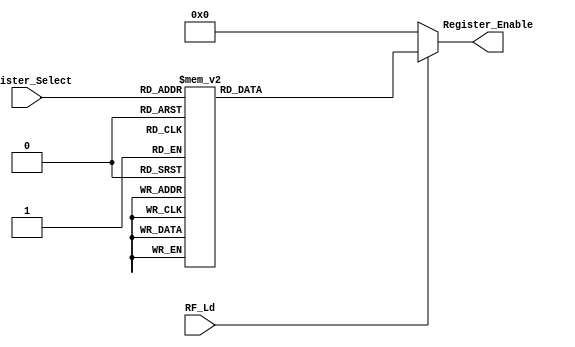
module Binary_Decoder (
						output reg [31:0] Register_Enable,
						input [4:0] Register_Select,
						input RF_Ld 
						);
	initial
		begin
		Register_Enable = 32'h00000000;
		end
		
	always @*
		begin
		if (RF_Ld)
			begin
			//$display("%t Binary_Decoder -- Register_Select: %d", $time, Register_Select);
			case (Register_Select)
				5'b00000:	// R0
					begin
					Register_Enable = 32'h00000001;
					end
				5'b00001:	// R1
					begin
					Register_Enable = 32'h00000002;
					end
				5'b00010:	// R2
					begin
					Register_Enable = 32'h00000004;
					end
				5'b00011:	// R3
					begin
					Register_Enable = 32'h00000008;
					end
				5'b00100:	// R4
					begin
					Register_Enable = 32'h00000010;
					end
				5'b00101:	// R5
					begin
					Register_Enable = 32'h00000020;
					end
				5'b00110:	// R6
					begin
					Register_Enable = 32'h00000040;
					end
				5'b00111:	// R7
					begin
					Register_Enable = 32'h00000080;
					end
				5'b01000:	// R8
					begin
					Register_Enable = 32'h00000100;
					end
				5'b01001:	// R9
					begin
					Register_Enable = 32'h00000200;
					end
				5'b01010:	// R10
					begin
					Register_Enable = 32'h00000400;
					end
				5'b01011:	// R11
					begin
					Register_Enable = 32'h00000800;
					end
				5'b01100:	// R12
					begin
					Register_Enable = 32'h00001000;
					end
				5'b01101:	// R13
					begin
					Register_Enable = 32'h00002000;
					end
				5'b01110:	// R14
					begin
					Register_Enable = 32'h00004000;
					end
				5'b01111:	// R15
					begin
					Register_Enable = 32'h00008000;
					end
				5'b10000:	// R16
					begin
					Register_Enable = 32'h00010000;
					end
				5'b10001:	// R17
					begin
					Register_Enable = 32'h00020000;
					end
				5'b10010:	// R18
					begin
					Register_Enable = 32'h00040000;
					end
				5'b10011:	// R19
					begin
					Register_Enable = 32'h00080000;
					end
				5'b10100:	// R20
					begin
					Register_Enable = 32'h00100000;
					end
				5'b10101:	// R21
					begin
					Register_Enable = 32'h00200000;
					end
				5'b10110:	// R22
					begin
					Register_Enable = 32'h00400000;
					end
				5'b10111:	// R23
					begin
					Register_Enable = 32'h00800000;
					end
				5'b11000:	// R24
					begin
					Register_Enable = 32'h01000000;
					end
				5'b11001:	// R25
					begin
					Register_Enable = 32'h02000000;
					end
				5'b11010:	// R26
					begin
					Register_Enable = 32'h04000000;
					end
				5'b11011:	// R27
					begin
					Register_Enable = 32'h08000000;
					end
				5'b11100:	// R28
					begin
					Register_Enable = 32'h10000000;
					end
				5'b11101:	// R29
					begin
					Register_Enable = 32'h20000000;
					end
				5'b11110:	// R30
					begin
					Register_Enable = 32'h40000000;
					end
				5'b11111:	// R31
					begin
					Register_Enable = 32'h80000000;
					end
			endcase
			end
		else
			begin
			Register_Enable = 32'h00000000;
			end
		end
endmodule